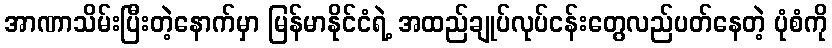
အာဏာသိမ်းပြီးတဲ့နောက်မှာ မြန်မာနိုင်ငံရဲ့ အထည်ချုပ်လုပ်ငန်းတွေလည်ပတ်နေတဲ့ ပုံစံကို